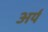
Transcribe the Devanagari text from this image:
अर्य